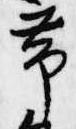
常